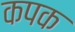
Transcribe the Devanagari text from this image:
कपक